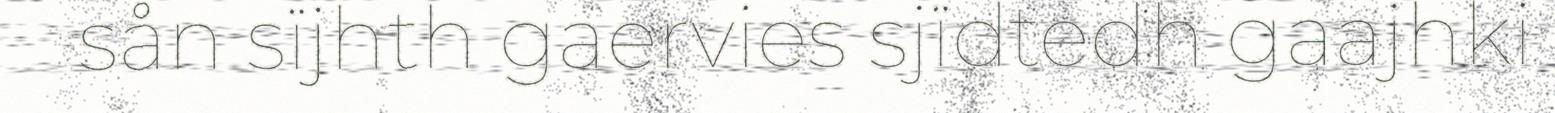
sån sïjhth gaervies sjïdtedh gaajhki